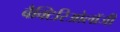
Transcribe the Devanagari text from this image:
बैक्टिरिओलॉजी